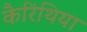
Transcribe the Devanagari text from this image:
कैरिंथिया